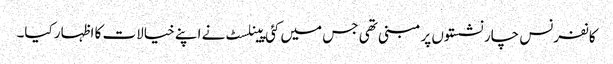
کانفرنس چار نشستوں پر مبنی تھی جس میں کئی پینلسٹ نے اپنے خیالات کا اظہار کیا۔